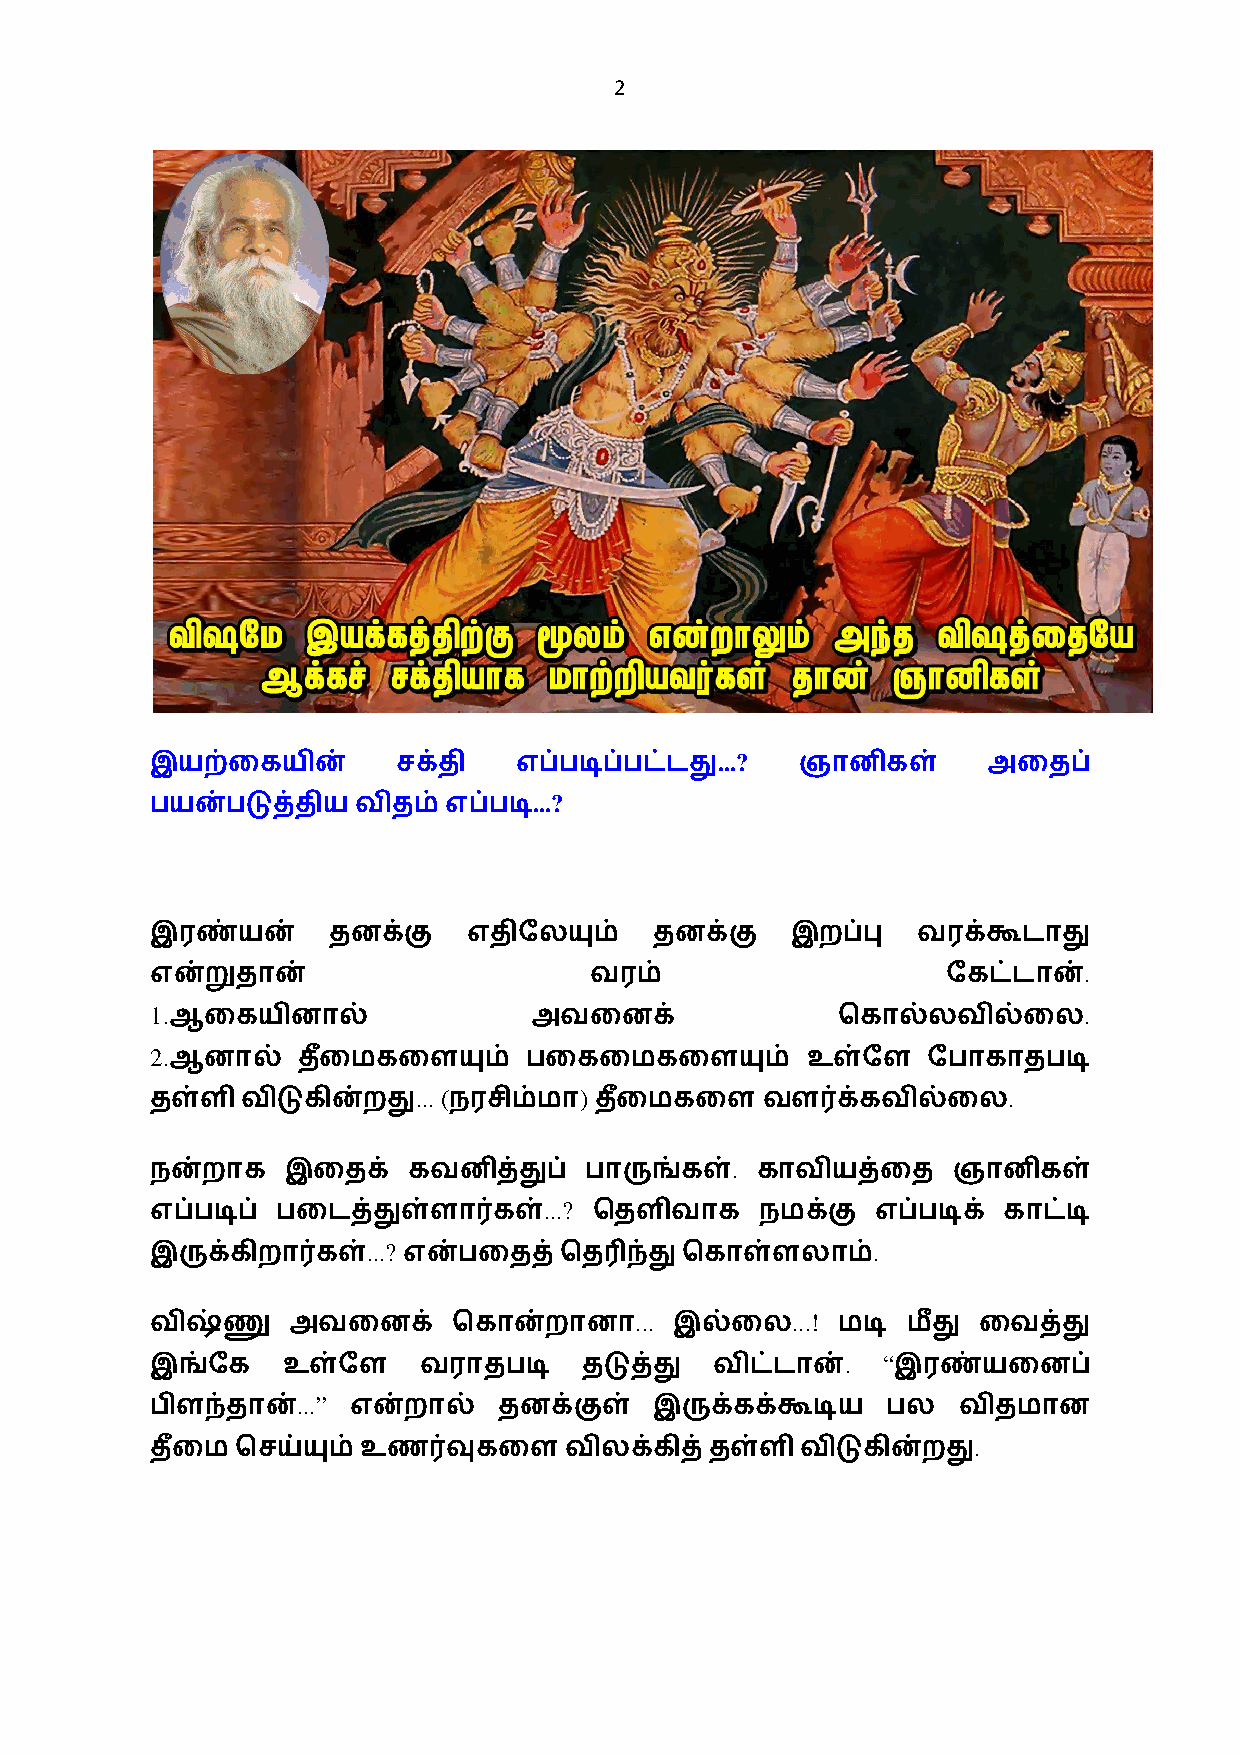
2
 ...?
 இயற்ைகயின்      சக்தி   எப்படிப்பட்டது     ஞானிகள்     அைதப்
 ...?
 பயன்படுத்தியவிதம்  எப்படி
 இரண்யன்     தனக்கு   எதிேலயும்   தனக்கு   இறப்பு   வரக்கூடாது
 .
 என்றுதான்                    வரம்                    ேகட்டான்
 1.                                                            .
 ஆைகயினால்               அவைனக்              ெகால்லவில்ைல
 2.
 ஆனால்    தை+ மகைளயும்   பைகைமகைளயும்      உள்ேள   ேபாகாதபடி
 ... (     )                            .
 தள்ளி விடுகின்றது   நரசிம்மா தை+ மகைள   வள0க்கவில்ைல
 .
 நன்றாக   இைதக்   கவனித்துப்  பாருங்கள்  காவியத்ைத    ஞானிகள்
 ...?
 எப்படிப் பைடத்துள்ளா0கள்     ெதளிவாக    நமக்கு  எப்படிக் காட்டி
 ...?                              .
 இருக்கிறா0கள்    என்பைதத்ெத3ந்து   ெகாள்ளலாம்
 ...       ...!
 விஷ்ணு   அவைனக்     ெகான்றானா      இல்ைல     மடி  மீது ைவத்து
 . “
 இங்ேக    உள்ேள    வராதபடி    தடுத்து விட்டான்    இரண்யைனப்
 ...”
 பிளந்தான்    என்றால்   தனக்குள்  இருக்கக்கூடிய   பல  விதமான
 .
 தை+ ம ெசய்யும் உண0வுகைளவிலக்கித்தள்ளி      விடுகின்றது